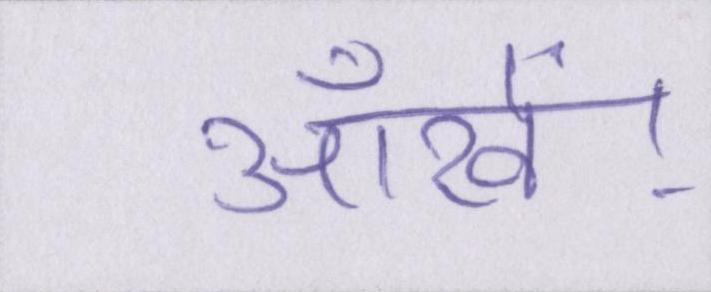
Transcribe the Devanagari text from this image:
आँखें।